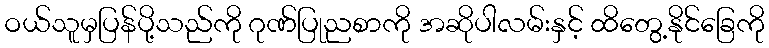
ဝယ်သူမှပြန်ပို့သည်ကို ဂုဏ်ပြုညစာကို အဆိုပါလမ်းနှင့် ထိတွေ့နိုင်ခြေကို